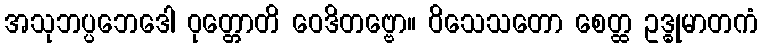
အသုဘပ္ပဘေဒေါ ဝုတ္တောတိ ဝေဒိတဗ္ဗော။ ဝိသေသတော စေတ္ထ ဥဒ္ဓုမာတကံ